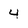
Character: 4